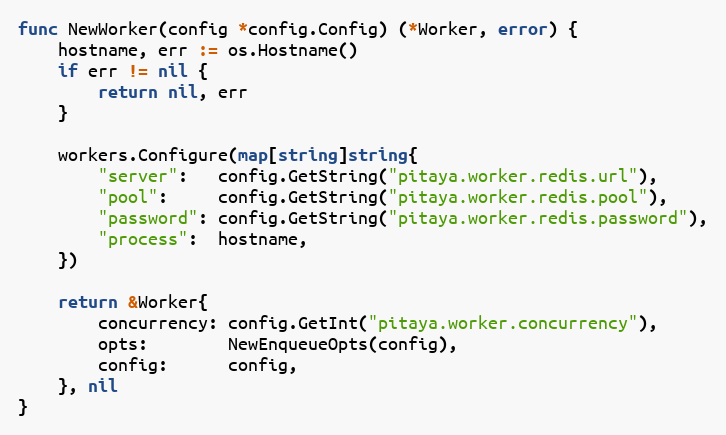
Language: Go
func NewWorker(config *config.Config) (*Worker, error) {
	hostname, err := os.Hostname()
	if err != nil {
		return nil, err
	}

	workers.Configure(map[string]string{
		"server":   config.GetString("pitaya.worker.redis.url"),
		"pool":     config.GetString("pitaya.worker.redis.pool"),
		"password": config.GetString("pitaya.worker.redis.password"),
		"process":  hostname,
	})

	return &Worker{
		concurrency: config.GetInt("pitaya.worker.concurrency"),
		opts:        NewEnqueueOpts(config),
		config:      config,
	}, nil
}